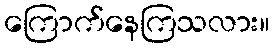
ကြောက်နေကြသလား။